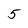
Character: 5